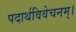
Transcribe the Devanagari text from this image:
पदार्थविवेचनम्।